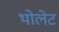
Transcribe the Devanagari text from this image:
थोलेट